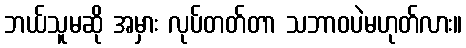
ဘယ်သူမဆို အမှား လုပ်တတ်တာ သဘာဝပဲမဟုတ်လား။